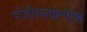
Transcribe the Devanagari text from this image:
पंजीयनक्रमांक